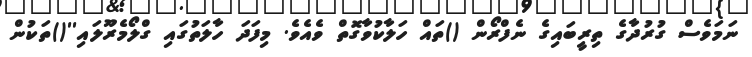
ނަމަވެސް ގުރުދާގެ ތިރީބައިގެ ނެފްރޯން ()ތައް ހަލާކުވާގޮތް ވެއެވެ. މިފަދަ ހާލަތުގައި ގްލޯމެރޫލައި''()ތަކުން